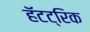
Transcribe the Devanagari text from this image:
हॅटट्रिक